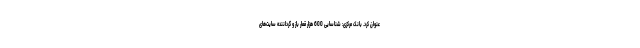
عنوان کرد. بانک مرکزی: شناسایی 600 هزار قمار باز و گرداننده سایت‌های